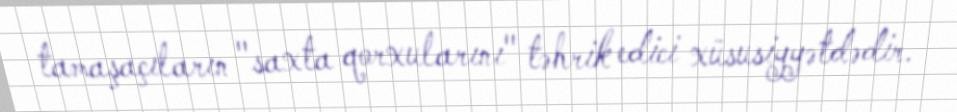
tamaşaçıların "saxta qorxularını" təhrik edici xüsusiyyətdədir.